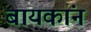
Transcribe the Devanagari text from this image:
बायकांन